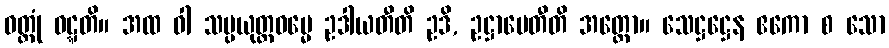
ဝတ္တုံ ဝဋ္ဋတိ။ အထ ဝါ သမ္ပယုတ္တဓမ္မေ ဥဒါယတီတိ ဥဒိ, ဥဋ္ဌာပေတီတိ အတ္ထော။ သေဋ္ဌဋ္ဌေန ဧကော စ သော